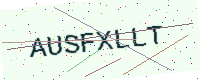
Text: AUSFXLLT